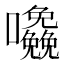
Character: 𱕷